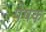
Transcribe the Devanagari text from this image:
पेषक